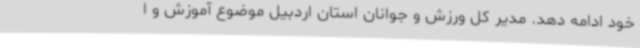
خود ادامه دهد. مدیر کل ورزش و جوانان استان اردبیل موضوع آموزش و ا